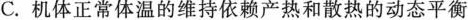
C.机体正常体温的维持依赖产热和散热的动态平衡